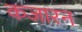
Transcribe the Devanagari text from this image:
कजारन